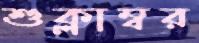
শুক্লাম্বর